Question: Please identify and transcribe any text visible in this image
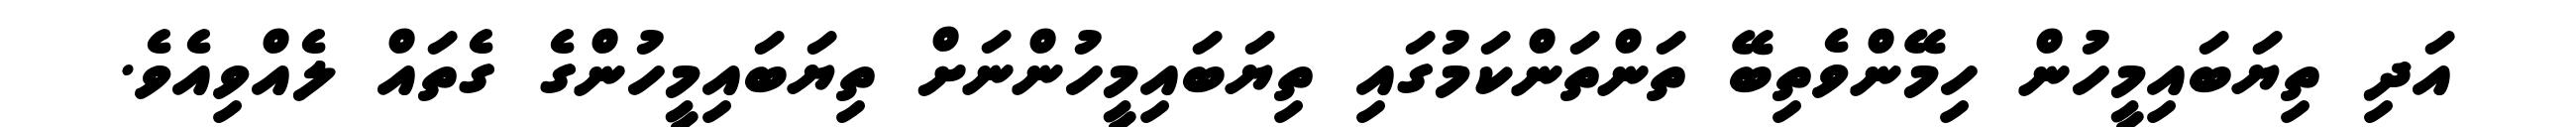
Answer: އަދި ތިޔަބައިމީހުން ހިމޭންވެތިބޭ ތަންތަންކަމުގައި ތިޔަބައިމީހުންނަށް ތިޔަބައިމީހުންގެ ގެތައް ލެއްވިއެވެ.